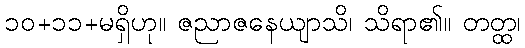
၁၀+၁၁+မရှိဟု။ ဇညာဇနေယျာသိ၊ သိရာ၏။ တတ္ထ၊